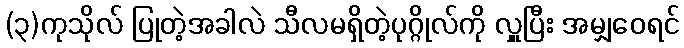
(၃)ကုသိုလ် ပြုတဲ့အခါလဲ သီလမရှိတဲ့ပုဂ္ဂိုလ်ကို လှူပြီး အမျှဝေရင်